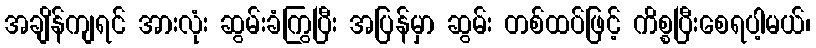
အချိန်ကျရင် အားလုံး ဆွမ်းခံကြွပြီး အပြန်မှာ ဆွမ်း တစ်ထပ်ဖြင့် ကိစ္စပြီးစေရပါ့မယ်၊